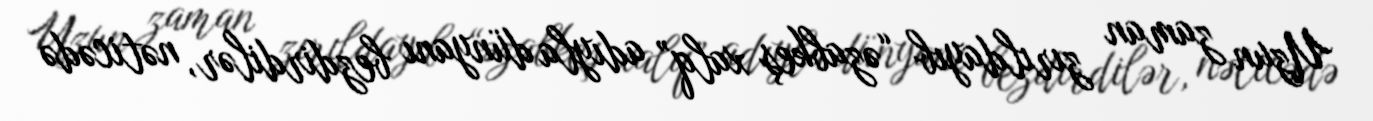
Uzun zaman zırıldayıb “əzabkeş xalq” adıyla dünyanı bezdirdilər, nəticədə